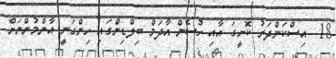
18  އިސްކަންދަރު ކޮށީގަ އާއި ހުސެން އާދަމް ބިލްޑިންގައި ހިންގަނީ އާންމުންނަށް